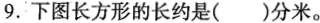
9.下图长方形的长约是()分米。